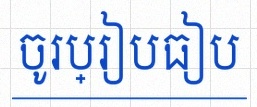
ចូរប្រៀបធៀប